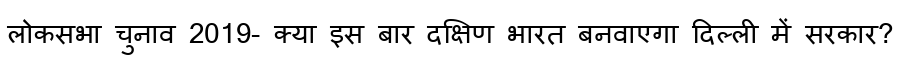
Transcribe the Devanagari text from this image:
लोकसभा चुनाव 2019- क्या इस बार दक्षिण भारत बनवाएगा दिल्ली में सरकार?